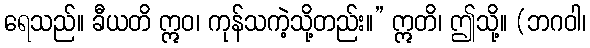
ရေသည်။ ခီယတိ ဣဝ၊ ကုန်သကဲ့သို့တည်း။” ဣတိ၊ ဤသို့။ (ဘဂဝါ၊